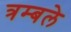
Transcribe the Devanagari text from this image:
त्रम्बले